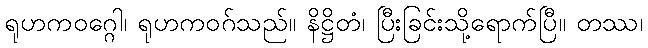
ရုဟကဝဂ္ဂေါ၊ ရုဟကဝဂ်သည်။ နိဋ္ဌိတံ၊ ပြီးခြင်းသို့ရောက်ပြီ။ တဿ၊